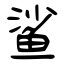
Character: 鲨